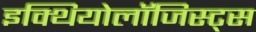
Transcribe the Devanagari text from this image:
इक्थियोलॉजिस्ट्स